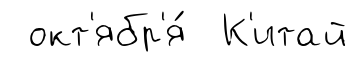
окт'ябр'я́ К'итай